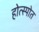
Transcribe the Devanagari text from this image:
होत्स्पोत